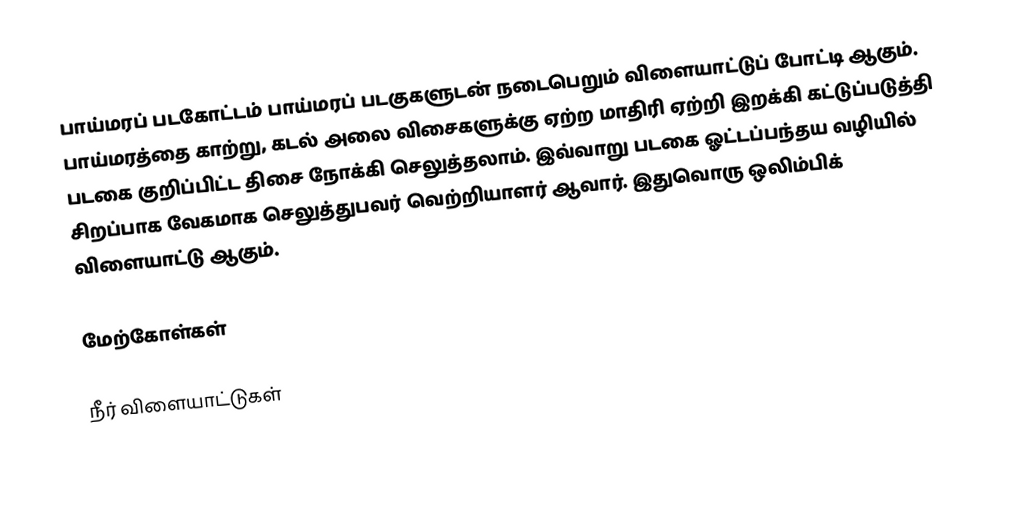
பாய்மரப் படகோட்டம் பாய்மரப் படகுகளுடன் நடைபெறும் விளையாட்டுப் போட்டி ஆகும்.  பாய்மரத்தை காற்று, கடல் அலை விசைகளுக்கு ஏற்ற மாதிரி ஏற்றி இறக்கி கட்டுப்படுத்தி படகை குறிப்பிட்ட திசை நோக்கி செலுத்தலாம்.  இவ்வாறு படகை ஓட்டப்பந்தய வழியில் சிறப்பாக வேகமாக செலுத்துபவர் வெற்றியாளர் ஆவார். இதுவொரு ஒலிம்பிக் விளையாட்டு ஆகும்.

மேற்கோள்கள்

நீர் விளையாட்டுகள்